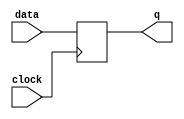
module level_sensitive_latch (
  input data,
  input clock,
  output reg q
);

always @(posedge clock) begin
  q <= data;
end

endmodule